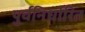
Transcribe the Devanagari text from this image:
पुर्वनिर्धारित